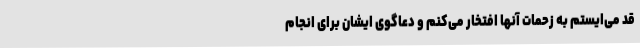
قد می‌ایستم به زحمات آنها افتخار می‌کنم و دعاگوی ایشان برای انجام